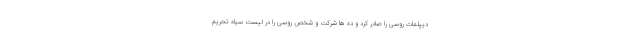
دیپلمات روسی را صادر کرد و ده ها شرکت و شخص روسی را در لیست سیاه تحریم